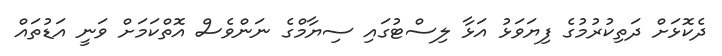
ދެކޮޅަށް ދަތިކުރުމުގެ ފިޔަވަޅު އަޅާ ލިސްޓުގައި ސިޔާމްގެ ނަންވެސް އޮތްކަމަށް ވަނީ އަޑުތައް